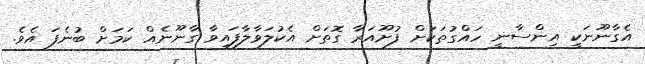
އެގާނޫނަކީ އިންސާނީ ހައްގުތަކަށް ފުށޫއަރާ ގޮތަށް އެކުލަވާލާފައިވާ ގާނޫނެއް ކަމަށް ބުނެފަ އެވެ.